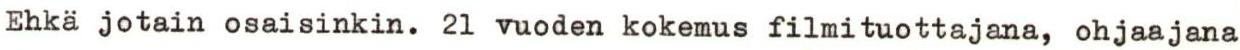
Ehkä jotain osaisinkin. 21 vuoden kokemus filmituottajana, ohjaajana